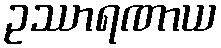
ဥဿာရဏာယ